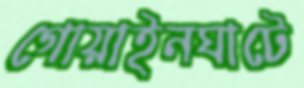
গোয়াইনঘাটে